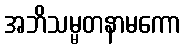
အဘိသမ္မတနာမကော